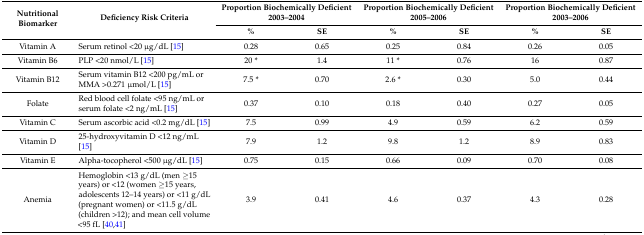
| <ROWSPAN=2> Nutritional Biomarker | <ROWSPAN=2> Deficiency Risk Criteria | <COLSPAN=2> Proportion Biochemically Deficient 2003–2004 | <COLSPAN=2> Proportion Biochemically Deficient 2005–2006 | <COLSPAN=2> Proportion Biochemically Deficient 2003–2006 |
 | % | SE | % | SE | % | SE |
 | --- | --- | --- | --- | --- | --- | --- | --- |
 | Vitamin A | Serum retinol <20 μg/dL [15] | 0.28 | 0.65 | 0.25 | 0.84 | 0.26 | 0.05 |
 | Vitamin B6 | PLP <20 nmol/L [15] | 20 * | 1.4 | 11 * | 0.76 | 16 | 0.87 |
 | Vitamin B12 | Serum vitamin B12 <200 pg/mL or MMA >0.271 μmol/L [15] | 7.5 * | 0.70 | 2.6 * | 0.30 | 5.0 | 0.44 |
 | Folate | Red blood cell folate <95 ng/mL or serum folate <2 ng/mL [15] | 0.37 | 0.10 | 0.18 | 0.40 | 0.27 | 0.05 |
 | Vitamin C | Serum ascorbic acid <0.2 mg/dL [15] | 7.5 | 0.99 | 4.9 | 0.59 | 6.2 | 0.59 |
 | Vitamin D | 25-hydroxyvitamin D <12 ng/mL [15] | 7.9 | 1.2 | 9.8 | 1.2 | 8.9 | 0.83 |
 | Vitamin E | Alpha-tocopherol <500 μg/dL [15] | 0.75 | 0.15 | 0.66 | 0.09 | 0.70 | 0.08 |
 | Anemia | Hemoglobin <13 g/dL (men ≥15 years) or <12 (women ≥15 years, adolescents 12–14 years) or <11 g/dL(pregnant women) or <11.5 g/dL (children >12); and mean cell volume <95 fL [40,41] | 3.9 | 0.41 | 4.6 | 0.37 | 4.3 | 0.28 |